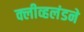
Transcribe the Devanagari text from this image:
क्लीव्हलंडने